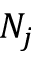
N _ { j }